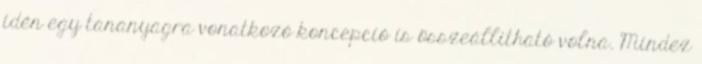
idén egy tananyagra vonatkozó koncepció is összeállítható volna. Mindez